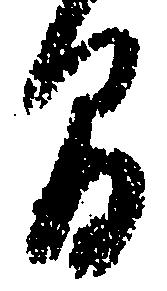
間